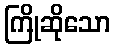
ကြိုဆိုသော